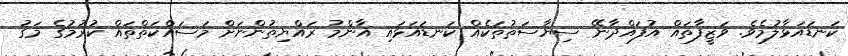
ކަނޑައަޅާލުމެވެ. ވަޒީފާތައް އުފައްދާނޭ ސިޔާސަތުތަކެއް ކަނޑައަޅައި އާންމު ރައްޔިތުންނަށް މަސައްކަތްތައް ކުރުމުގެ މަގު